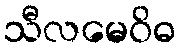
သီလမေဝိဓ